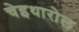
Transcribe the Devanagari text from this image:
चेइथारोल